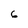
Character: 6